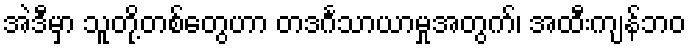
အဲဒီမှာ သူတို့တစ်တွေဟာ တဒင်္ဂသာယာမှုအတွက်၊ အထီးကျန်ဘဝ